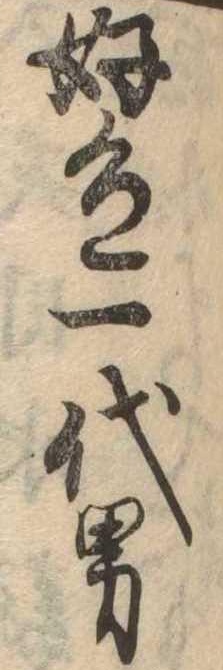
好色一代男